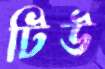
টিউ